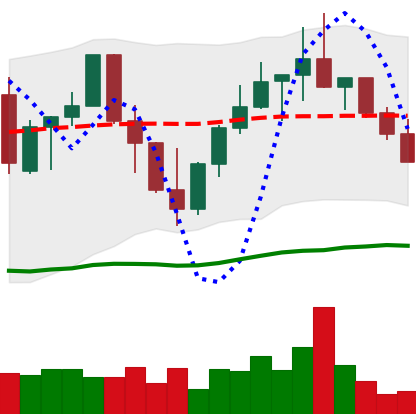
Ticker: LINK-USD
Chart end date: 2022-10-02
Forward return: 6.627%
Label: up_5_7